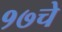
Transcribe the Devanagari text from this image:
१७चे